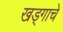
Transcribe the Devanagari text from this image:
खड्गाचे